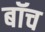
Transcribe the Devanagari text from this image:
बॉच